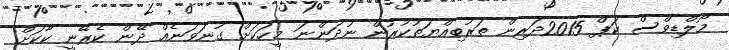
މޯލްޑިވްސް ކަޕް 2015ދަރިން ތަރުބިއްޔަތުކުރުން ނުދަންނަ މީހަކަށް ގުނަވަނެއް ދޭން ކެރޭނީ ކާކަށް